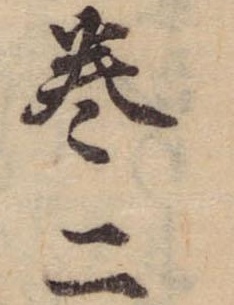
巻二